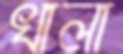
খালা